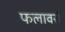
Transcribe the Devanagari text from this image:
फलावर्स